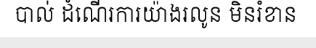
បាល់ ដំណើរការយ៉ាងរលូន មិនរំខាន